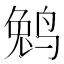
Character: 𱊆